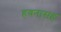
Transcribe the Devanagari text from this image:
हवनासह